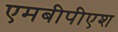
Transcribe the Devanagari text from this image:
एमबीपीएश